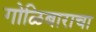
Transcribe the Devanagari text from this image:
गोळिबाराचा